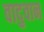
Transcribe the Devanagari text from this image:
वादुवान